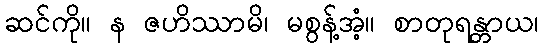
ဆင်ကို။ န ဇဟိဿာမိ၊ မစွန့်အံ့။ စာတုရန္တာယ၊